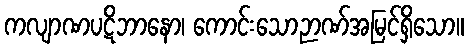
ကလျာဏပဋိဘာနော၊ ကောင်းသောဉာဏ်အမြင်ရှိသော။